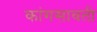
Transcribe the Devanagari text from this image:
कांगसावती